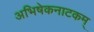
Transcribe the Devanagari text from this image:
अभिषेकनाटकम्